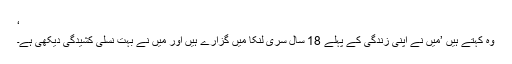
‘
وہ کہتے ہیں ’میں نے اپنی زندگی کے پہلے 18 سال سری لنکا میں گزارے ہیں اور میں نے بہت نسلی کشیدگی دیکھی ہے۔